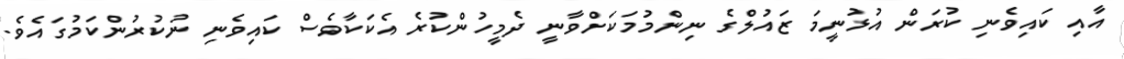
އާއި ކައިވެނި ކުރަން އުޅުނީމަ ޒައުލްގެ ނިންމުމަކަށްވާނީ ދެމީހުންކުރެ އެކަކާވެސް ކައިވެނި ނުކުރުންކަމުގައެވެ.